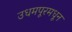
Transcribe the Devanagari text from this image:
उधमपूरमधून